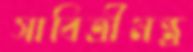
সাবিত্রীমন্ত্র